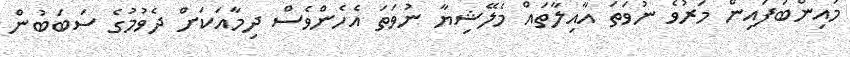
މައިންބަފައިން މަރުވެ ނުވަތަ އާއިލާތައް މެލޭޝިޔާ ނުވަތަ އެހެންވެސް ދިމާއަކަށް ދެވުމުގެ ސަބަބުން